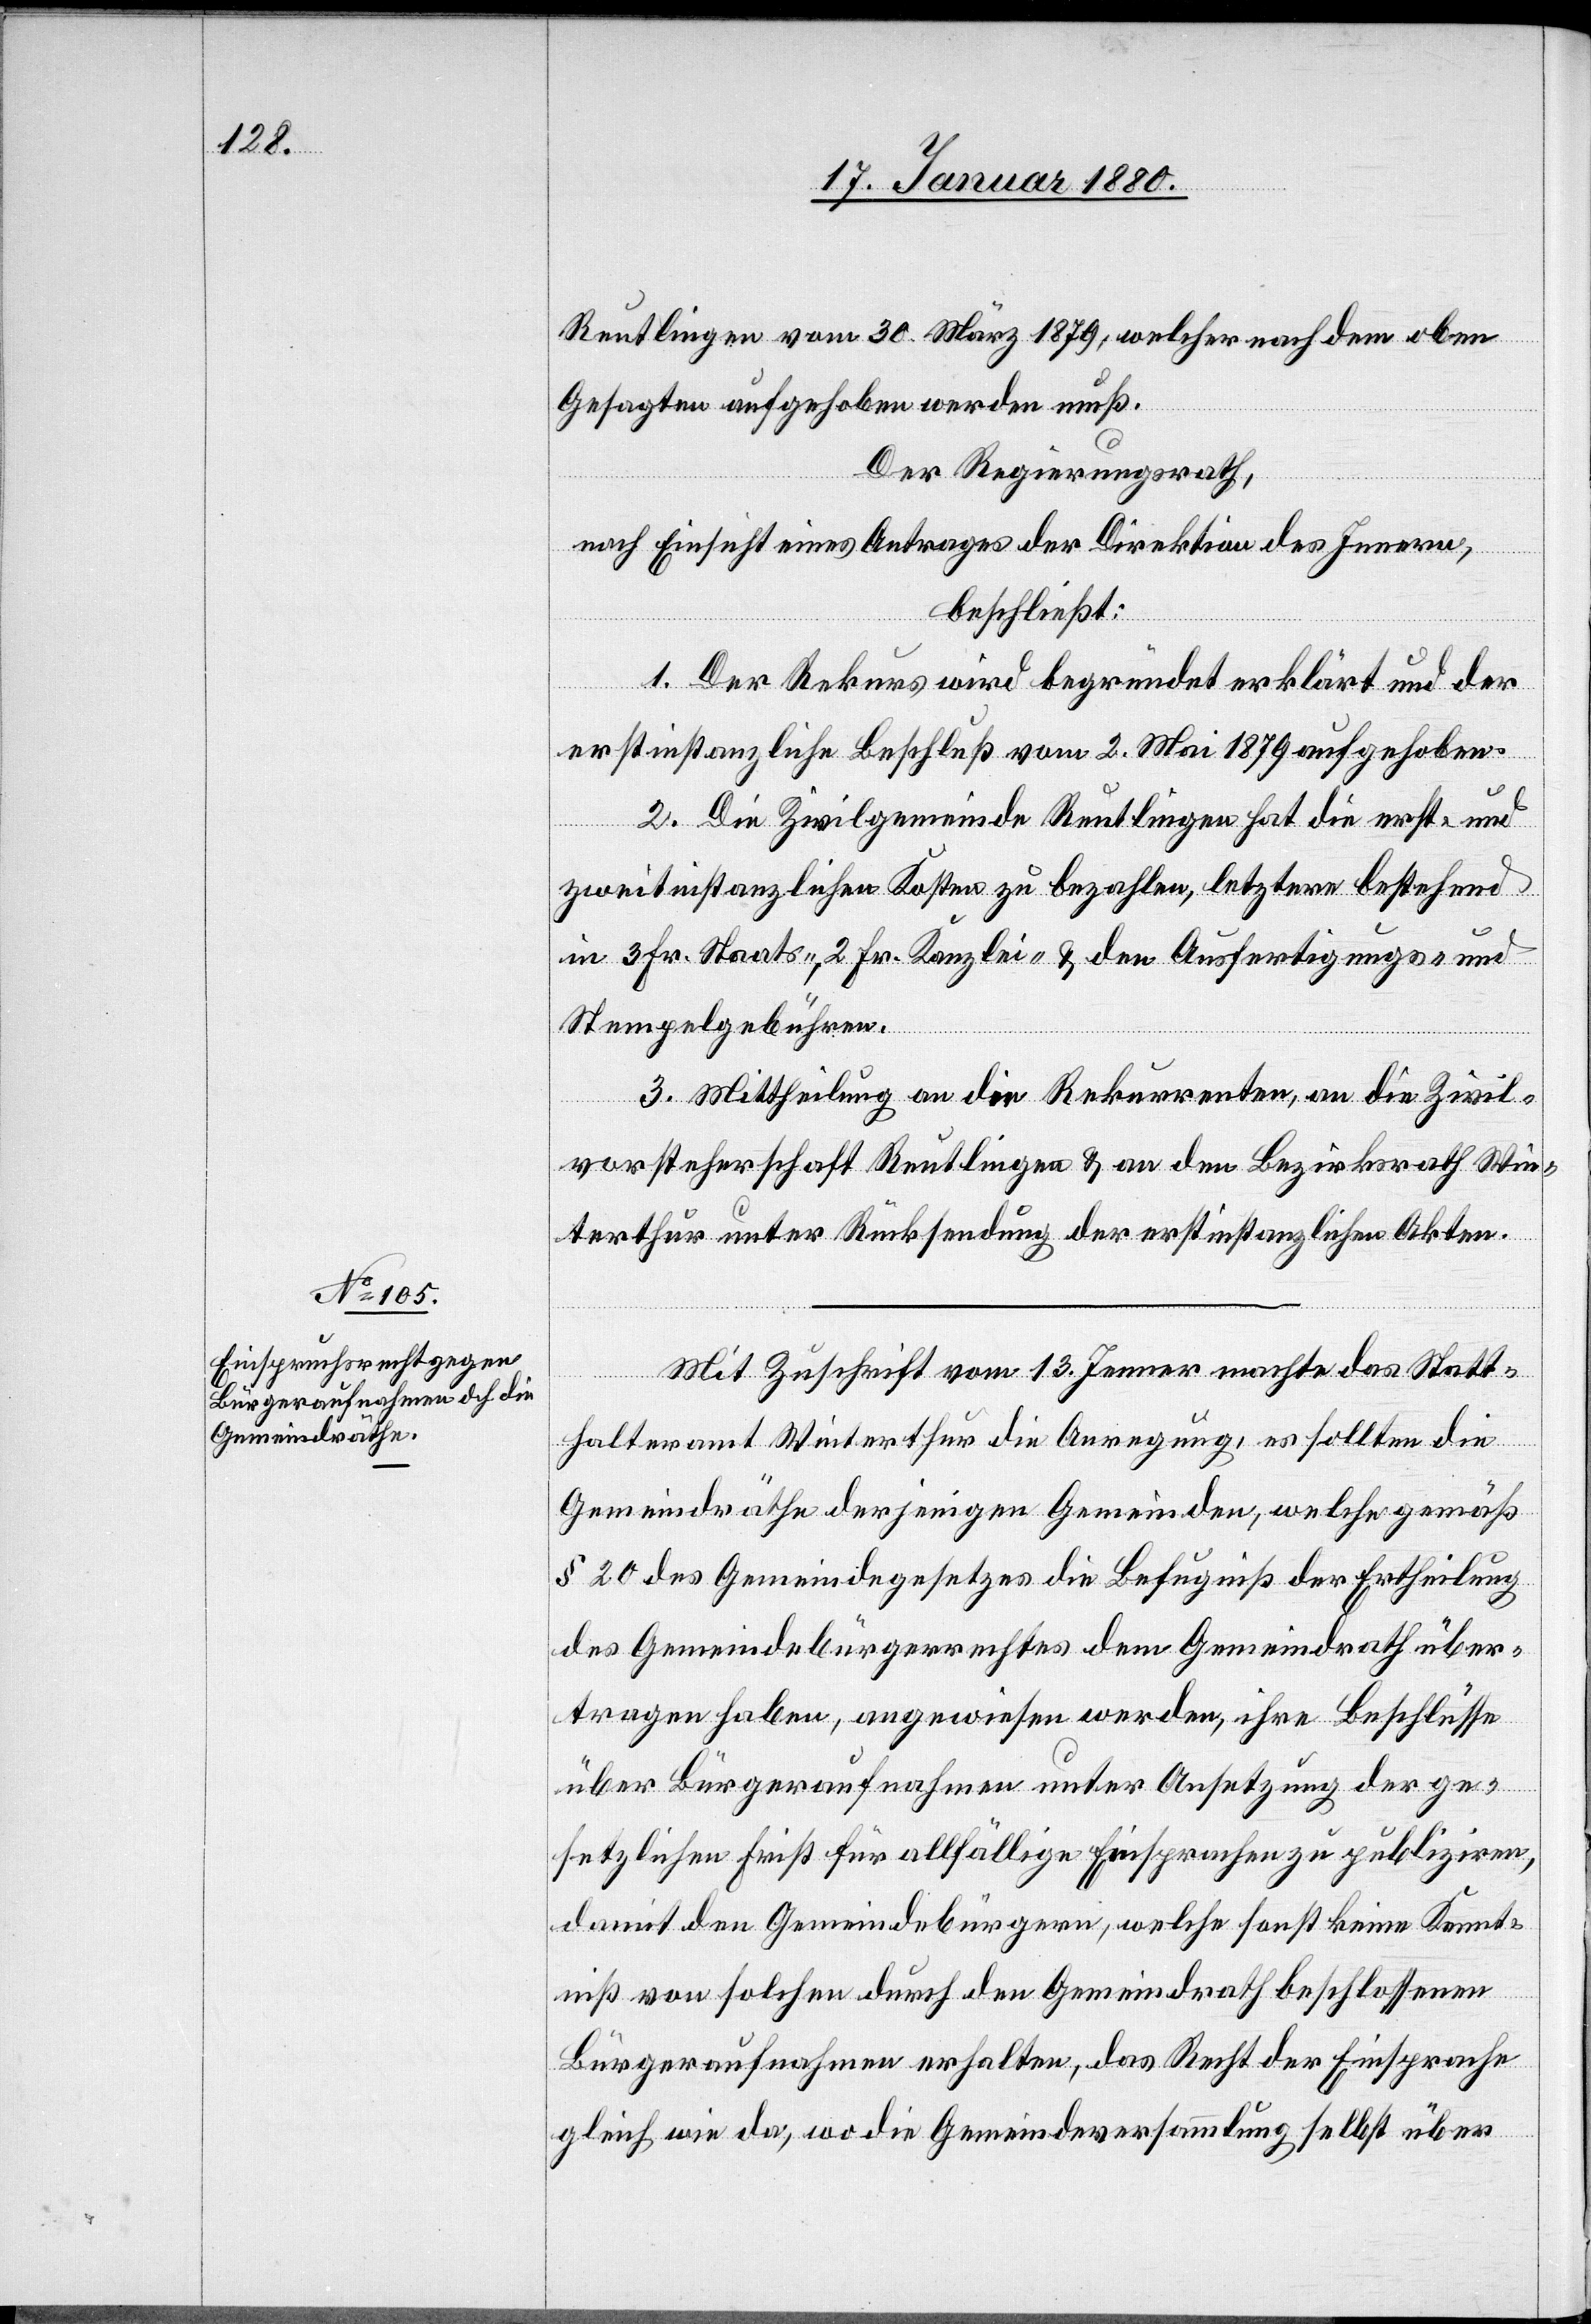
Reutlingen vom 30. Märu 1879, welcher nach dem eben
Gesagten aufgehoben werden muß.
Der Regierungsrath;
nach Einsicht eines Antrages der Direktion des Innern,
beschließt:
Zivil¬
1. Der Rekurs wird begründet erklärt und der
erstinstanzliche Beschluß vom 2. Mai 1879 aufgehoben.
2. Die Zivilgemeinde Reutlingen hat die erst- und
zweitinstanzlichen Kosten zu bezahlen, letztere bestehend
in 3 Fr. Staats-, 2 Fr. Kanzlei- & den Ausfertigungs- und
Stempelgebühren.
vorsteherschaft Reutlingen & an den Bezirksrath Win¬
terthur unter Rücksendung der erstinstanzlichen Akten.
Mit Zuschrift vom 13. Jenner machte das Statt¬
halteramt Winterthur die Anregung, es sollten die
Gemeindräthe derjenigen Gemeinden, welche gemäß
§ 20 des Gemeindegesetzes die Befugniß der Ertheilung
des Gemeindebürgerrechtes dem Gemeindrath über¬
tragen haben, angewiesen werden, ihre Beschlüsse
über Bürgeraufnahmen unter Ansetzung der ge¬
setzlichen Frist für allfällige Einsprachen zu publiziren,
damit den Gemeindebürgern, welche sonst keine Kennt¬
niß von solchen durch den Gemeindrath beschlossenen
Bürgeraufnahmen erhalten, das Recht der Einsprache
gleich wie da, wo die Gemeindeversammlung selbst über